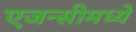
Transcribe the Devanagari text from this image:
एजन्सीमध्ये